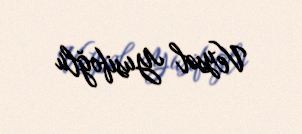
Veysəl Yusifoğlu